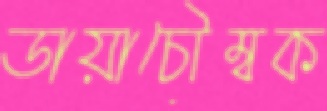
ডায়াচৌম্বক